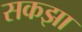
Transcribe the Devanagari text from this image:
सकझा